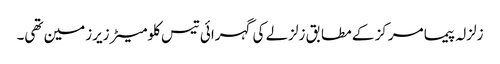
زلزلہ پیما مرکز کے مطابق زلزلے کی گہرائی تیس کلومیٹر زیرزمین تھی۔